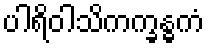
ပါရိဝါသိကက္ခန္ဓကံ